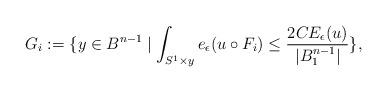
LaTeX: \begin{align*}G_i:=\{y\in B^{n-1}\mid \int_{S^1\times y}e_{\epsilon}(u\circ F_i)\leq \frac{2CE_{\epsilon}(u)}{|B_1^{n-1}|}\},\end{align*}